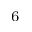
^ 6